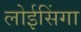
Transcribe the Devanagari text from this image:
लोईसिंगा